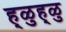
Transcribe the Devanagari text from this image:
ह्ळुह्ळु